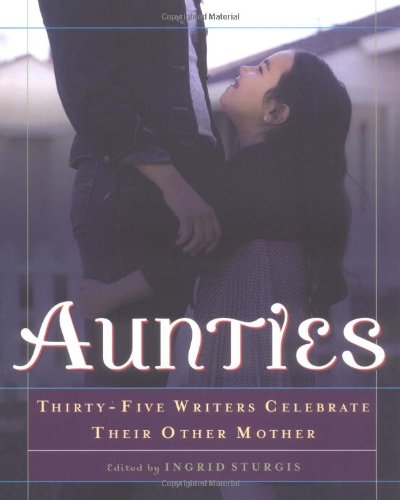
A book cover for Aunties: Thirty-Five Writers Celebrate Their Other Mother; Ingrid Sturgis; Parenting & Relationships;